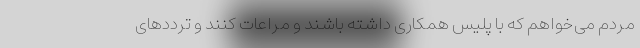
مردم می‌خواهم که با پلیس همکاری داشته باشند و مراعات کنند و ترددهای